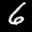
Label: 6